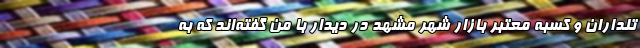
تلداران و کسبه معتبر بازار شهر مشهد در دیدار با من گفته‌اند که به